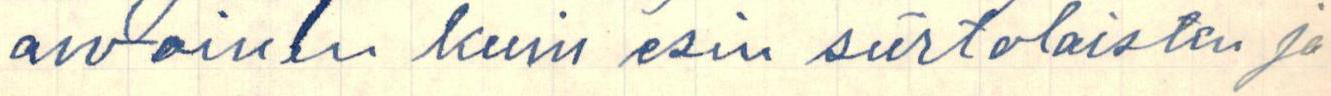
arvoinen kuin esin siirtolaisten ja